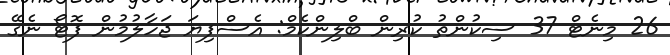
26 މިނެޓް 37 ސިކުންތު ކުރިން ބްލިންކެމް: އެސްފިޔަ ޖަހާލުމުން ފޮޓޯ ނެގޭ